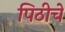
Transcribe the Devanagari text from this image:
पिठीचे